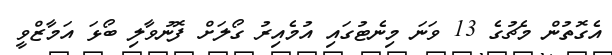
އެގޮތުން މެޗުގެ 13 ވަނަ މިނެޓުގައި އުމެއިރު ގޯލަށް ފޮނުވާލި ބޯޅަ އަމާޒްވީ